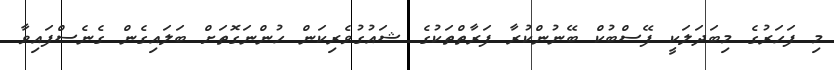
މި ފަހަރުގެ މިބަދަލަކީ ފޭސްބުކް ބޭނުންކުރާ ފަރާތްތަކުގެ ޝައުގުވެރިކަން ހުންނަގޮތަށް ބަލައިގެން ގެނެސްފައިވާ